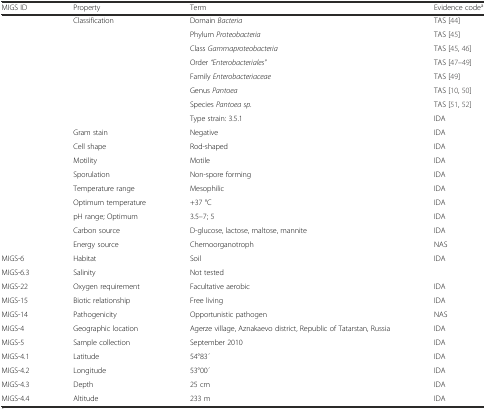
| MIGS ID | Property | Term | Evidence codea |
 | --- | --- | --- | --- |
 |  | Classification | Domain Bacteria | TAS [44] |
 |  |  | Phylum Proteobacteria | TAS [45] |
 |  |  | Class Gammaproteobacteria | TAS [45, 46] |
 |  |  | Order “Enterobacteriales” | TAS [47–49] |
 |  |  | Family Enterobacteriaceae | TAS [49] |
 |  |  | Genus Pantoea | TAS [10, 50] |
 |  |  | Species Pantoea sp. | TAS [51, 52] |
 |  |  | Type strain: 3.5.1 | IDA |
 |  | Gram stain | Negative | IDA |
 |  | Cell shape | Rod-shaped | IDA |
 |  | Motility | Motile | IDA |
 |  | Sporulation | Non-spore forming | IDA |
 |  | Temperature range | Mesophilic | IDA |
 |  | Optimum temperature | +37 °C | IDA |
 |  | pH range; Optimum | 3.5–7; 5 | IDA |
 |  | Carbon source | D-glucose, lactose, maltose, mannite | IDA |
 |  | Energy source | Chemoorganotroph | NAS |
 | MIGS-6 | Habitat | Soil | IDA |
 | MIGS-6.3 | Salinity | Not tested |  |
 | MIGS-22 | Oxygen requirement | Facultative aerobic | IDA |
 | MIGS-15 | Biotic relationship | Free living | IDA |
 | MIGS-14 | Pathogenicity | Opportunistic pathogen | NAS |
 | MIGS-4 | Geographic location | Agerze village, Aznakaevo district, Republic of Tatarstan, Russia | IDA |
 | MIGS-5 | Sample collection | September 2010 | IDA |
 | MIGS-4.1 | Latitude | 54°83 ́ | IDA |
 | MIGS-4.2 | Longitude | 53°00 ́ | IDA |
 | MIGS-4.3 | Depth | 25 cm | IDA |
 | MIGS-4.4 | Altitude | 233 m | IDA |